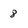
Character: 8